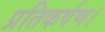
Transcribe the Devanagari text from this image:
प्रतिकर्षण।